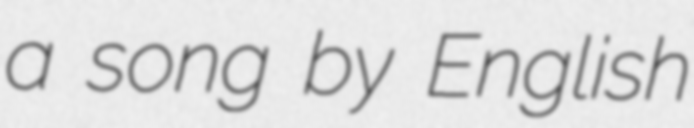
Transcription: a song by English